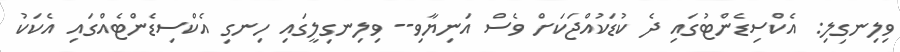
ވިލިނގިލި: އެކްސިޑެންޓުގައި ދެ ކުޑަކުއްޖަކަށް ވެސް އަނިޔާވި-- ވިލިނގިލީގައި ހިނގި އެކްސިޑެންޓެއްގައި އެކަކު